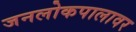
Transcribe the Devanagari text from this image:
जनलोकपालावर